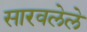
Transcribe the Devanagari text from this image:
सारवलेले